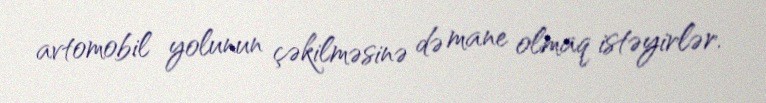
avtomobil yolunun çəkilməsinə də mane olmaq istəyirlər.